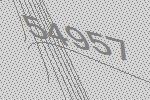
54957